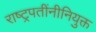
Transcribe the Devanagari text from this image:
राष्ट्रपतींनीनियुक्त